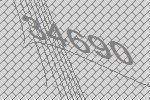
34690